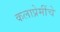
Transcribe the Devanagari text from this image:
कलाप्रेमींचे